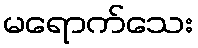
မရောက်သေး